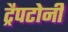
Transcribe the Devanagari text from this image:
ट्रैपटोनी